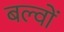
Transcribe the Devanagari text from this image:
बल्वों